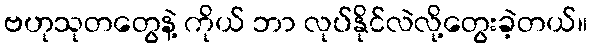
ဗဟုသုတတွေနဲ့ ကိုယ် ဘာ လုပ်နိုင်လဲလို့တွေးခဲ့တယ်။